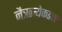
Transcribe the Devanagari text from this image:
नैऋत्येकडचा